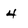
Character: 4